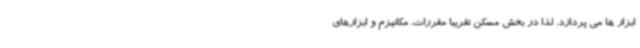
ابزار ها می پردازد. لذا در بخش مسکن تقریباً مقررات، مکانیزم و ابزارهای